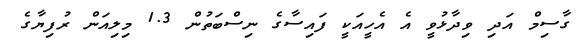
ގާސިމް އަދި ވިދާޅުވީ އެ އެހީއަކީ ފައިސާގެ ނިސްބަތުން 1.3 މިލިއަން ރުފިޔާގެ